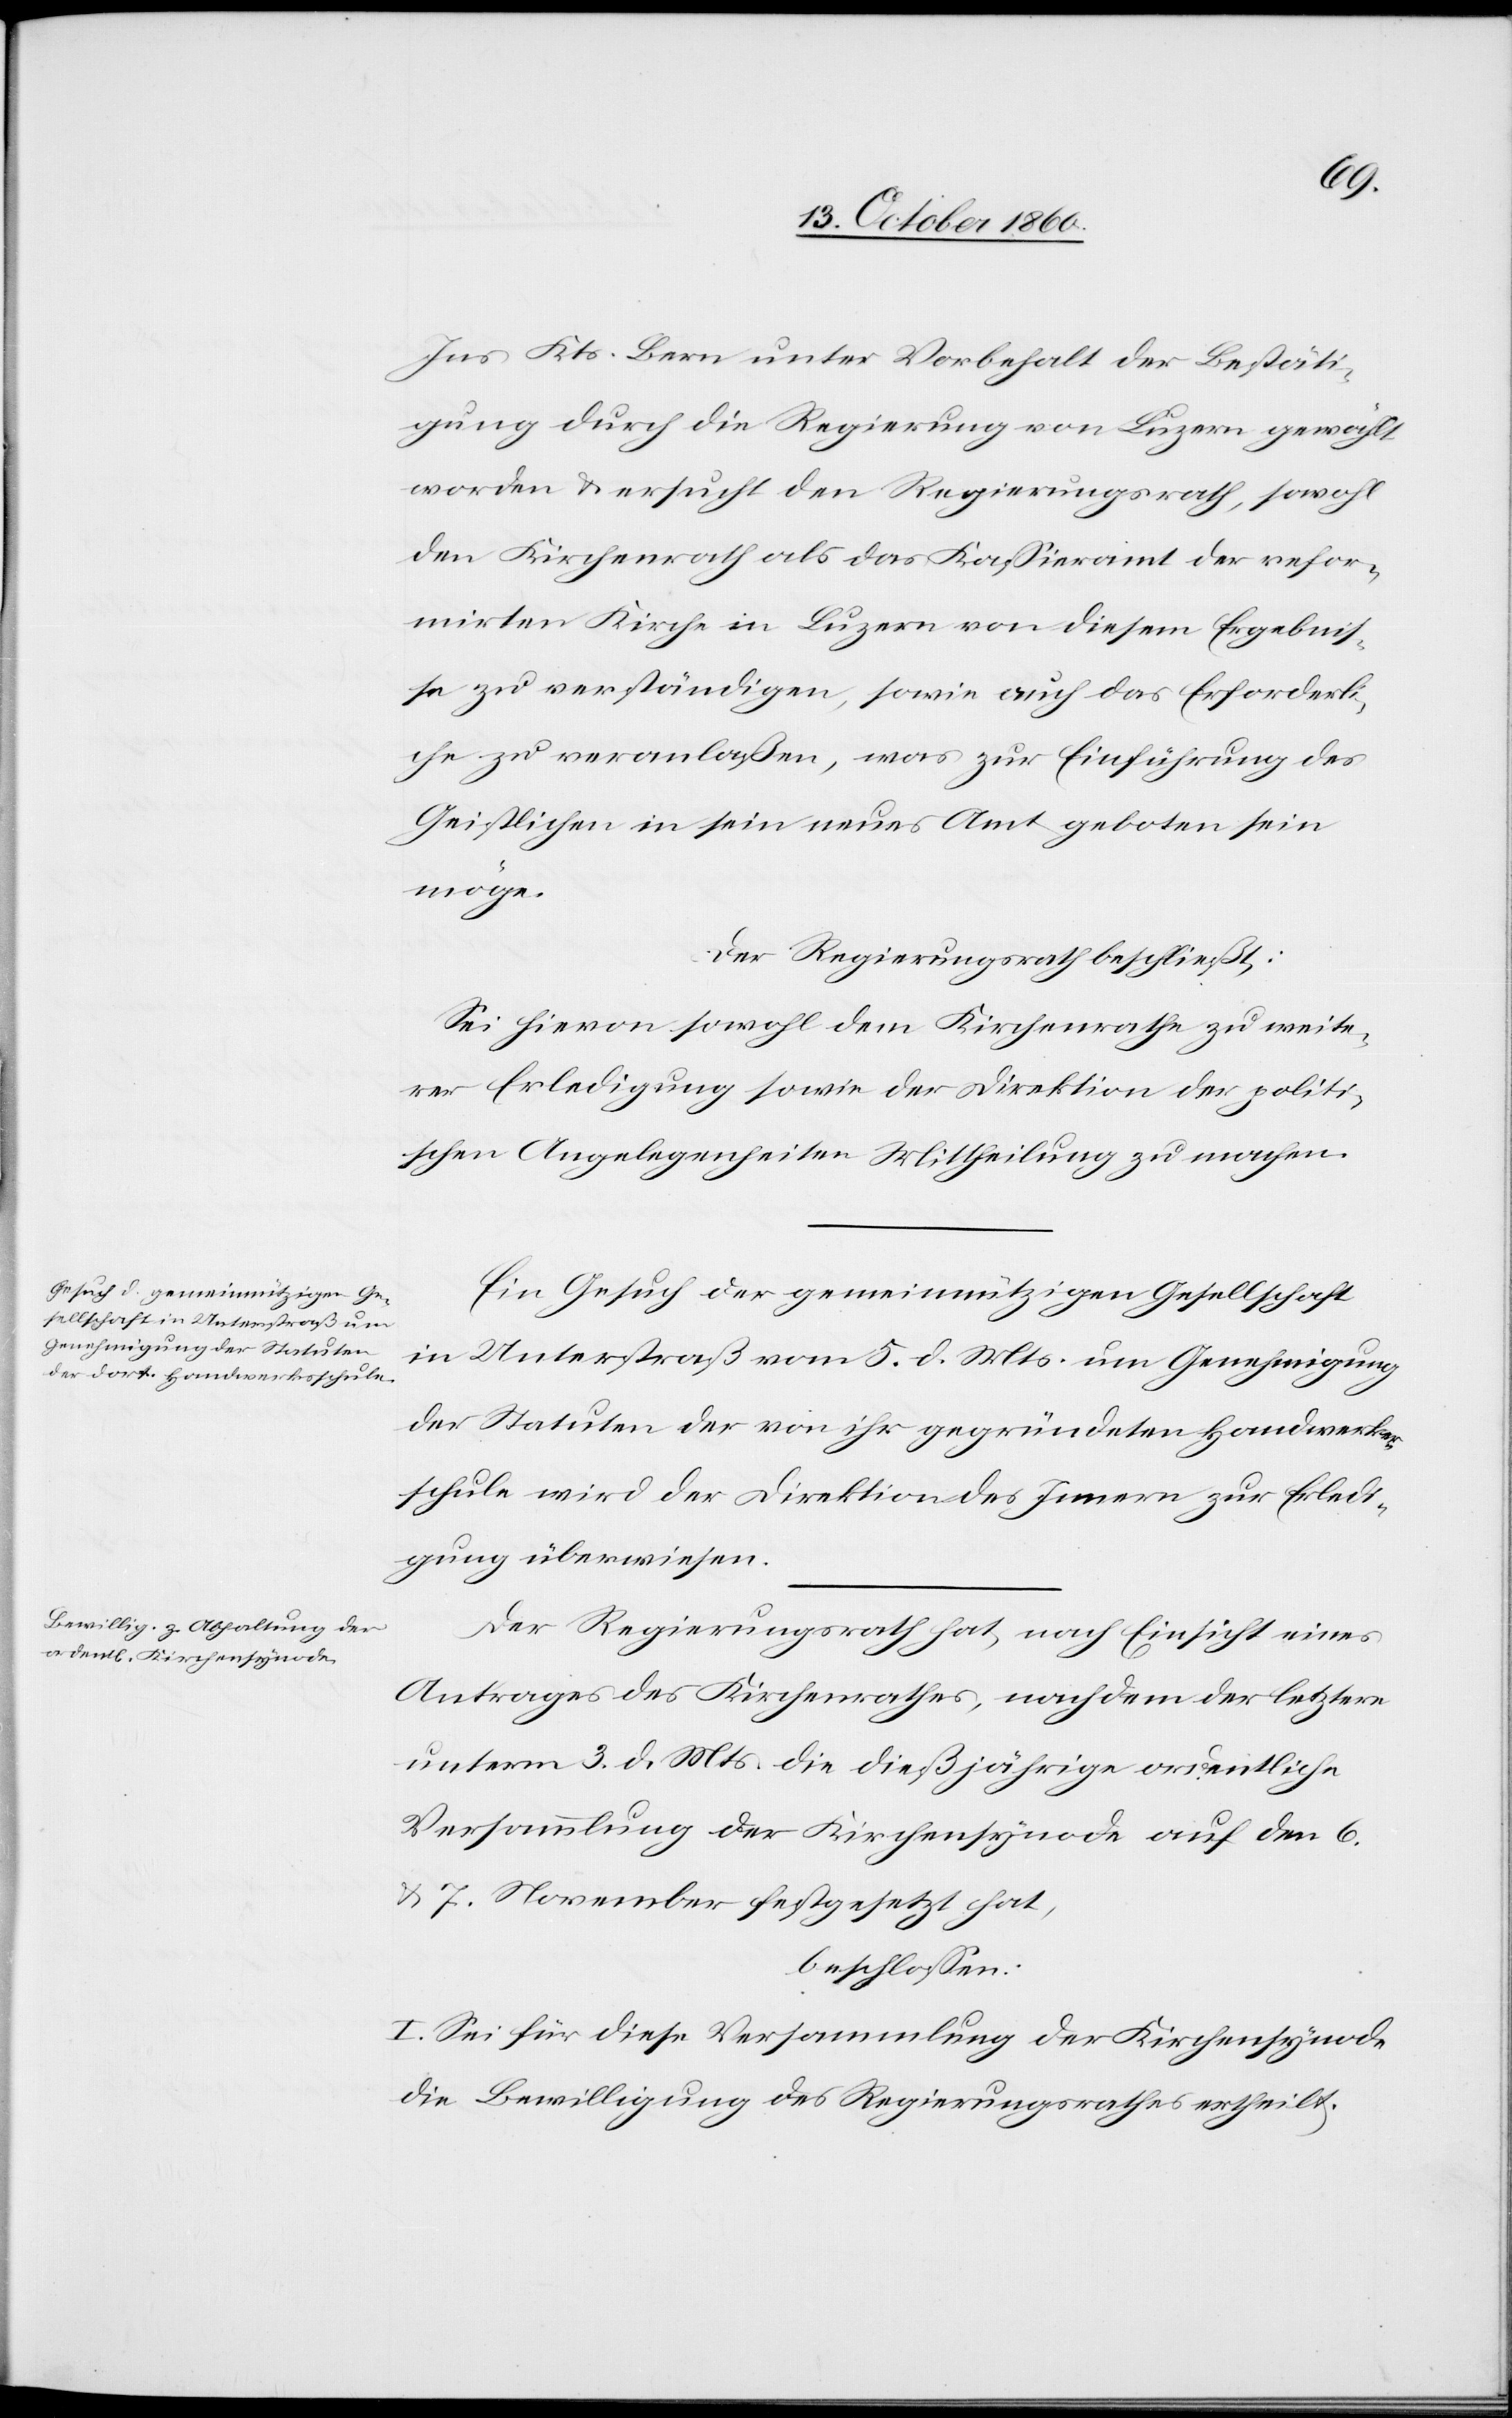
Ins Kts. Bern unter Vorbehalt der Bestäti¬
gung durch die Regierung von Luzern gewählt
worden u. ersucht den Regierungsrath, sowohl
den Kirchenrath als das Kassieramt der refor¬
mirten Kirche in Luzern von diesem Ergebnis¬
se zu verständigen, sowie auch das Erforderli¬
che zu veranlaßen, was zur Einführung des
Geistlichen in sein neues Amt geboten sein
möge.
Der Regierungsrath beschließt:
Sei hievon sowohl dem Kirchenrathe zu weite¬
rer Erledigung sowie der Direktion der politi¬
schen Angelegenheiten Mittheilung zu machen.
Ein Gesuch der gemeinnützigen Gesellschaft
in Unterstraß vom 5. d. Mts. um Genehmigung
der Statuten der von ihr gegründeten Handwerker¬
schule wird der Direktion des Innern zur Erledi¬
gung überwiesen.
Der Regierungsrath hat, nach Einsicht eines
Antrages des Kirchenrathes, nachdem der letztere
unterm 3. d. Mts. die dießjährige ordentliche
Versammlung der Kirchensynode auf den 6.
u. 7. November festgesetzt hat,
beschlossen:
I. Sei für diese Versammlung der Kirchensynode
die Bewilligung des Regierungsrathes ertheilt.